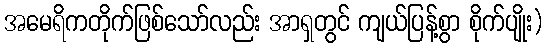
အမေရိကတိုက်ဖြစ်သော်လည်း အာရှတွင် ကျယ်ပြန့်စွာ စိုက်ပျိုး)